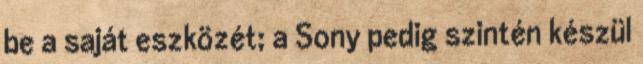
be a saját eszközét; a Sony pedig szintén készül